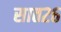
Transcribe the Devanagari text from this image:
सात२६